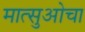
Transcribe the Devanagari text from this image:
मात्सुओचा